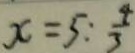
x = 5 : \frac { 4 } { 3 }